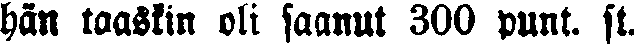
hän taaskin oli saanut 300 punt. st.